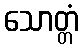
သောတ္တံ